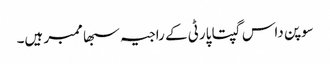
سوپن داس گپتا پارٹی کے راجیہ سبھا ممبر ہیں۔